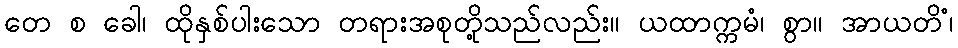
တေ စ ခေါ၊ ထိုနှစ်ပါးသော တရားအစုတို့သည်လည်း။ ယထာက္ကမံ၊ စွာ။ အာယတိံ၊